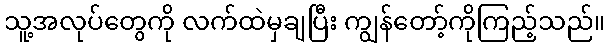
သူ့အလုပ်တွေကို လက်ထဲမှချပြီး ကျွန်တော့်ကိုကြည့်သည်။